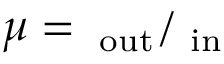
\mu = { \it \Omega _ { \mathrm { o u t } } } / { \it \Omega _ { \mathrm { i n } } }